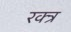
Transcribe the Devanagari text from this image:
रक्त्र